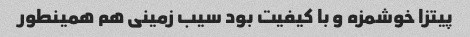
پیتزا خوشمزه و با کیفیت بود سیب زمینی هم همینطور